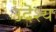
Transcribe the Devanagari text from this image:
उदॆश्य